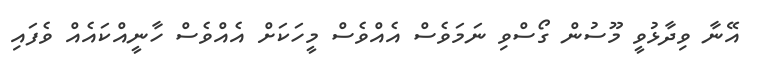
އޭނާ ވިދާޅުވީ މޫސުން ގޯސްވި ނަމަވެސް އެއްވެސް މީހަކަށް އެއްވެސް ހާނީއްކައެއް ވެފައި